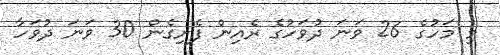
މި މަހުގެ 26 ވަނަ ދުވަހުގެ ރެއިން ފެށިގެން 30 ވަނަ ދުވަހާ